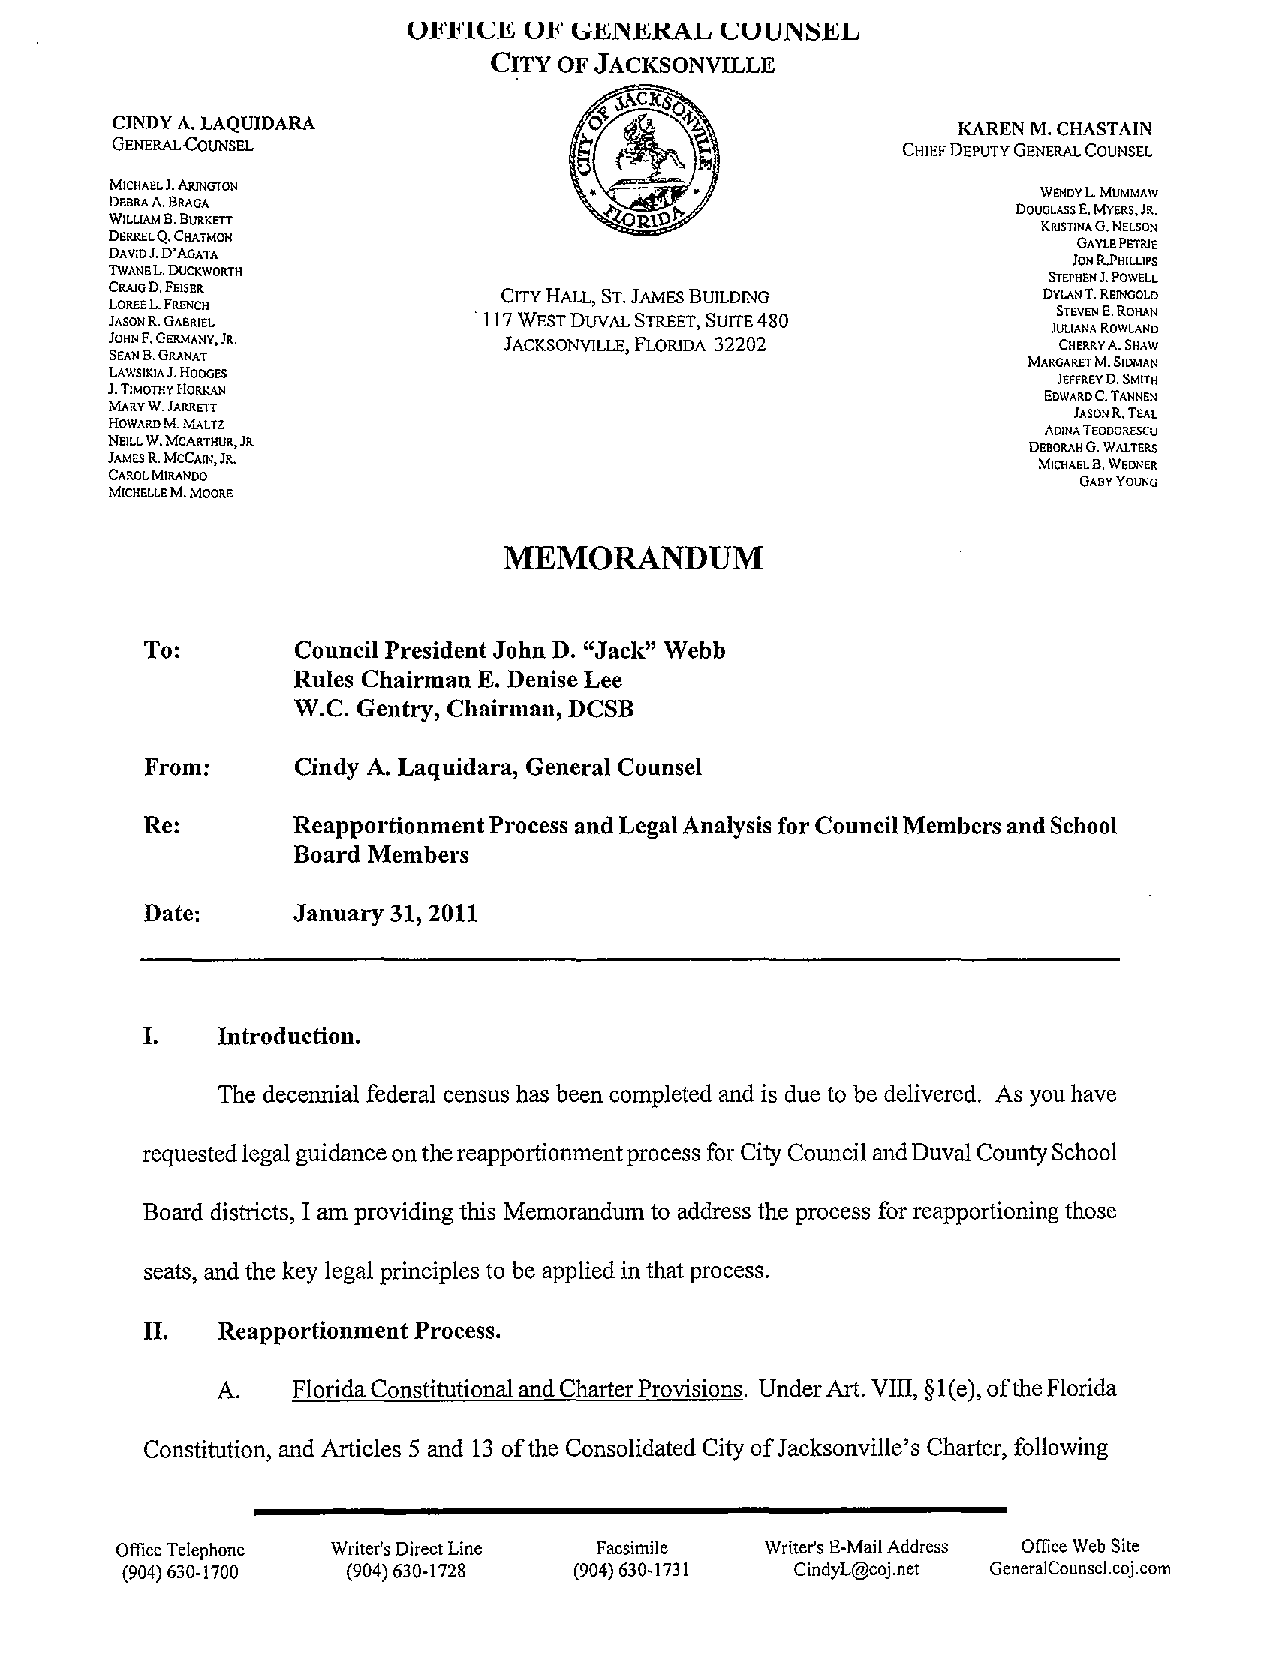
CINDYA.LAQUIDARA                                        KAREN M.CHASTAIN
 GENERAL.c;OUNSEL                                     CHIEFDEPUTYGENERALCOUNSEL
 MICHAELJ.ARINGTON
 WENDYL MUMMAW
 DEBRAA.BRAGA
 DOUGLASSE.MYERS.JR.
 WILLIAMB.BURKETT
 KRISTINAG.NELSON
 DERRELQ.CHATMON
 GAytEPETRIE
 DAVlDJ,D'AGATA
 JONR.PHlLLlPS
 TwANEL.DUCKWORTH                                              STEPHENJ.POWELL
 CRAIGD.FEISER             CITYHALL, ST.JAMESBUILDING          DYLANT.REINGOLD
 LOREEL.FRENCH
 JASONR.GABRIEL          .117WESTDUVALSTREET,SUITE480           JUST LE IAV NE AN RE O.R WO LH ANA DN
 JOHNF.GERMANY,JR.         JACKSONVILLE,FLORIDA 32202           CHERRYA.SHAW
 SEANB.GRANAT
 MARGARETM.SIDMAN
 LAWSIKJAJ.HODGES
 JEFFREVD.SMITH
 J.TIMOTHYHORKAN
 EOWAROC.TANNEN
 MARVW.JARRETT
 JASONR.TEAL
 HOWARDM.lv1ALTZ
 ADINATEODORESCU
 NEILLW.MCARTHUR.JR
 DEBORAHG.WALTERS
 JAMESR.MCCAIN.JR.
 MICHAELB.WEDNER
 CAROLMIRANDO
 GABVYOUNQ
 MICHELLEM.MOORE
 MEMORANDUM
 To:      Council PresidentJohn D. "Jack" Webb
 Rules Chairman E. DeniseLee
 W.C. Gentry, Chairman, DCSB
 From:    Cindy A. Laquidara, General Counsel
 Re:      ReapportionmentProcess andLegalAnalysisforCouncilMembers andSchool
 Board Members
 Date:    January 31, 2011
 I.   Introduction.
 The decennial federal census has beencompleted and is due to be delivered. As youhave
 requestedlegal guidanceonthereapportionmentprocessfor CityCouncilandDuvalCountySchool
 Board districts, I am providingthis Memorandum to address the process for reapportioning those
 seats, and the key legal principles to be applied inthatprocess.
 II. ReapportionmentProcess.
 A.   FloridaConstitutionalandCharterProvisions. UnderArt. VIII, §1(e),oftheFlorida
 Constitution, and Articles 5 and 13 ofthe ConsolidatedCityofJacksonville's Charter, following
 OfficeTelephone Writer'sDirectLine Facsimile Writer'sE-MailAddress OfficeWeb Site
 (904)630-1700  (904)630-1728  (904)630-1731  CindyL@coj.net GeneraICounsel.coj.com